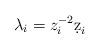
LaTeX: \begin{align*} \lambda_i = z_i^{-2}\d z_i \end{align*}